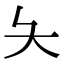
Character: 夨